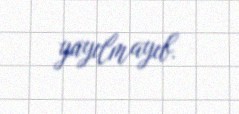
yayılmayıb.